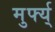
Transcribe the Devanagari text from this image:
मुर्फ्य्